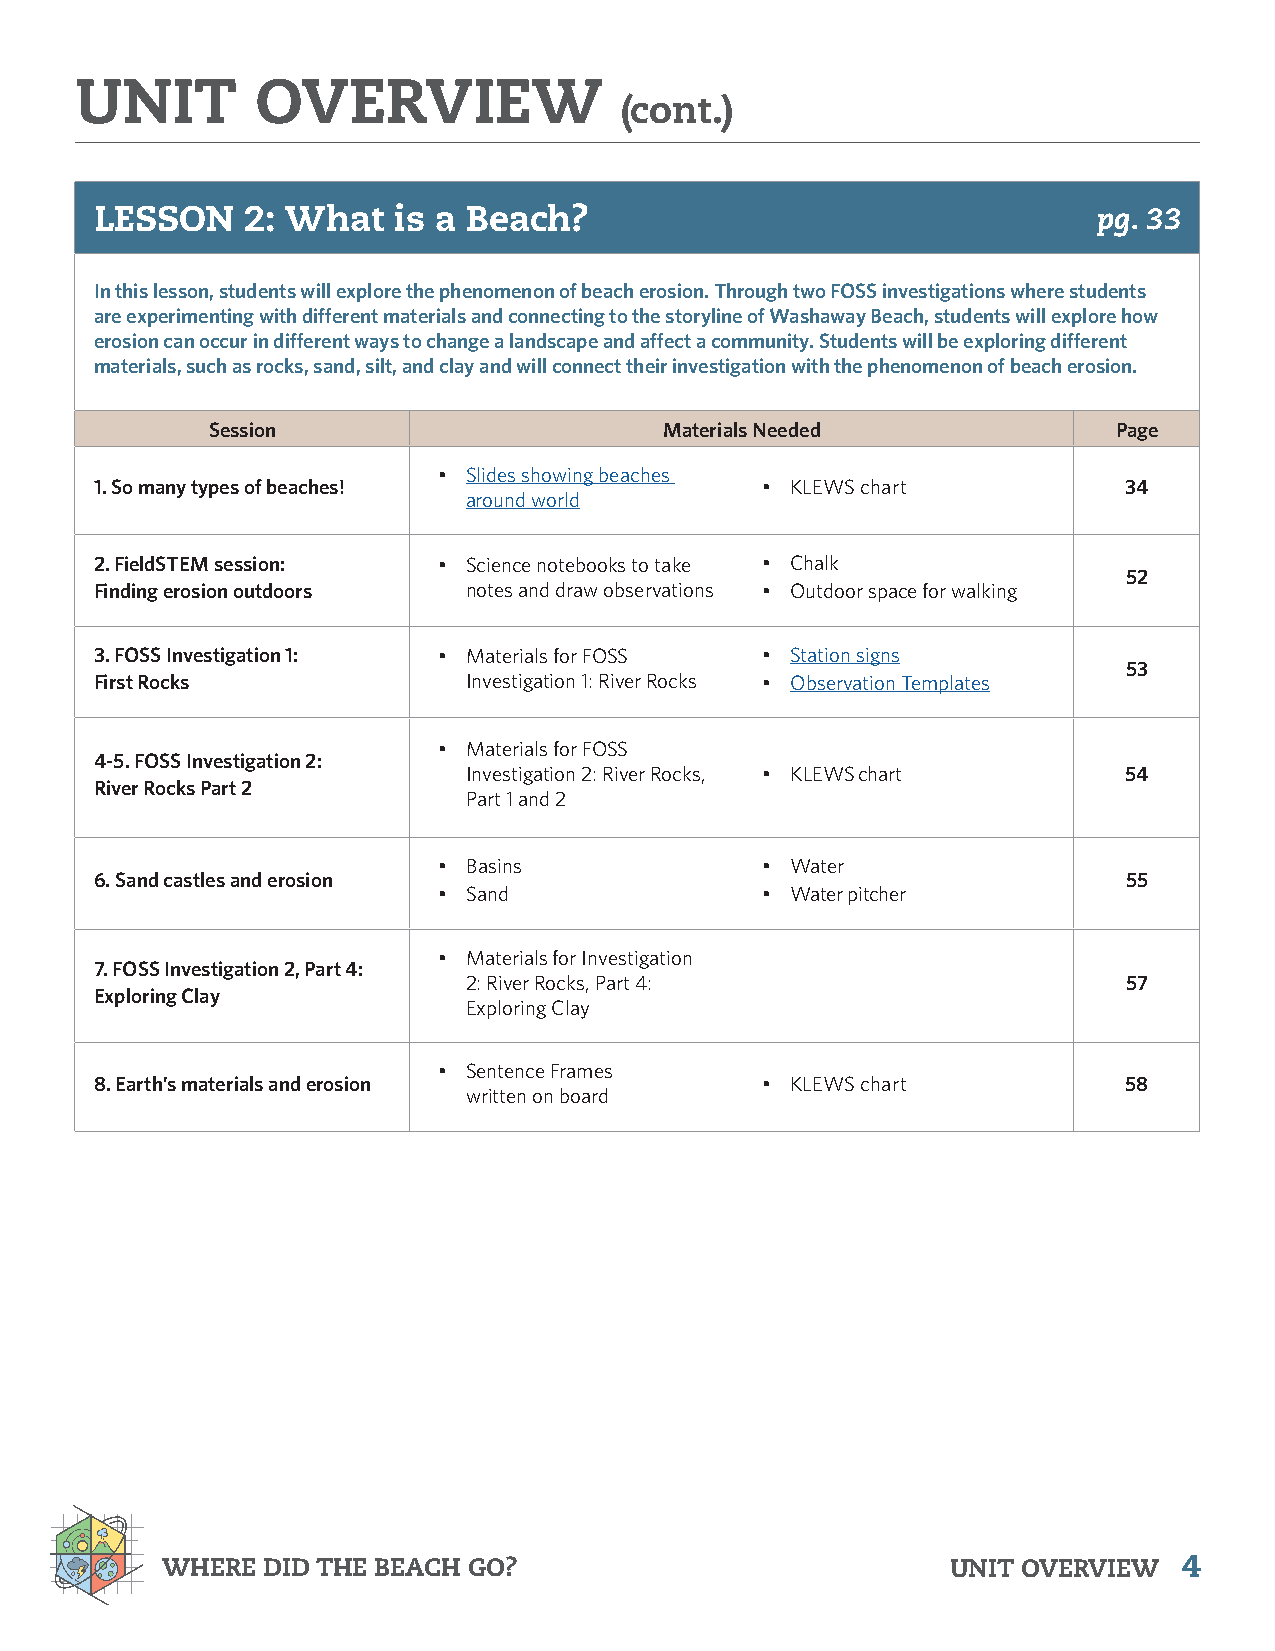
UNIT        OVERVIEW
 (cont.)
 LESSON    2: What   is a Beach?                                    pg. 33
 In this lesson, students will explore the phenomenon of beach erosion. Through two FOSS investigations where students
 are experimenting with different materials and connecting to the storyline of Washaway Beach, students will explore how
 erosion can occur in different ways to change a landscape and affect a community. Students will be exploring different
 materials, such as rocks, sand, silt, and clay and will connect their investigation with the phenomenon of beach erosion.
 Session                       Materials Needed              Page
 • Slides showing beaches
 1. So many types of beaches!                • KLEWS chart           34
 around world
 2. FieldSTEM session:  • Science notebooks to take • Chalk
 52
 Finding erosion outdoors notes and draw observations • Outdoor space for walking
 3. FOSS Investigation 1: • Materials for FOSS • Station signs
 53
 First Rocks              Investigation 1: River Rocks • Observation Templates
 • Materials for FOSS
 4-5. FOSS Investigation 2:
 Investigation 2: River Rocks, • KLEWS chart 54
 River Rocks Part 2
 Part 1 and 2
 • Basins             • Water
 6. Sand castles and erosion                                          55
 • Sand               • Water pitcher
 • Materials for Investigation
 7. FOSS Investigation 2, Part 4:
 2: River Rocks, Part 4:                     57
 Exploring Clay
 Exploring Clay
 • Sentence Frames
 8. Earth’s materials and erosion            • KLEWS chart           58
 written on board
 WHERE DID THE BEACH GO?                             UNIT OVERVIEW  4